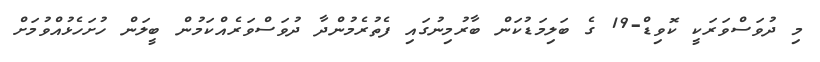
މި ދުވަސްވަރަކީ ކޮވިޑް-19 ގެ ބަލިމަޑުކަން ބާރުމިނުގައި ފެތުރެމުންދާ ދުވަސްވަރެއްކަމުން ބީލަން ހުށަހެޅުއްވުމަށް